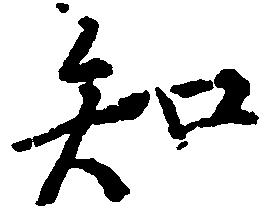
知